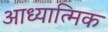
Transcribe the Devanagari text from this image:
आध्यात्‍मिक